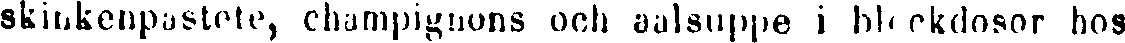
skinkenpastete, champignons och aalsuppe i bleckdosor hos